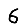
Digit: 6